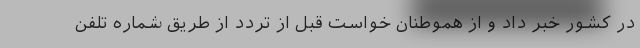
در کشور خبر داد و از هموطنان خواست قبل از تردد از طریق شماره تلفن